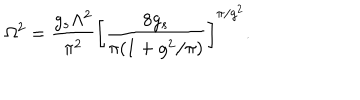
LaTeX: \Omega ^ { 2 } = \frac { g _ { s } \Lambda ^ { 2 } } { \pi ^ { 2 } } \left[ \frac { 8 g _ { s } } { \pi ( 1 + g ^ { 2 } / \pi ) } \right] ^ { \pi / g ^ { 2 } } .